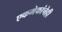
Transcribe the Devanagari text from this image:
एकमेकांचेही